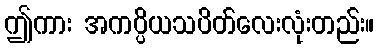
ဤကား အကပ္ပိယသပိတ်လေးလုံးတည်း။